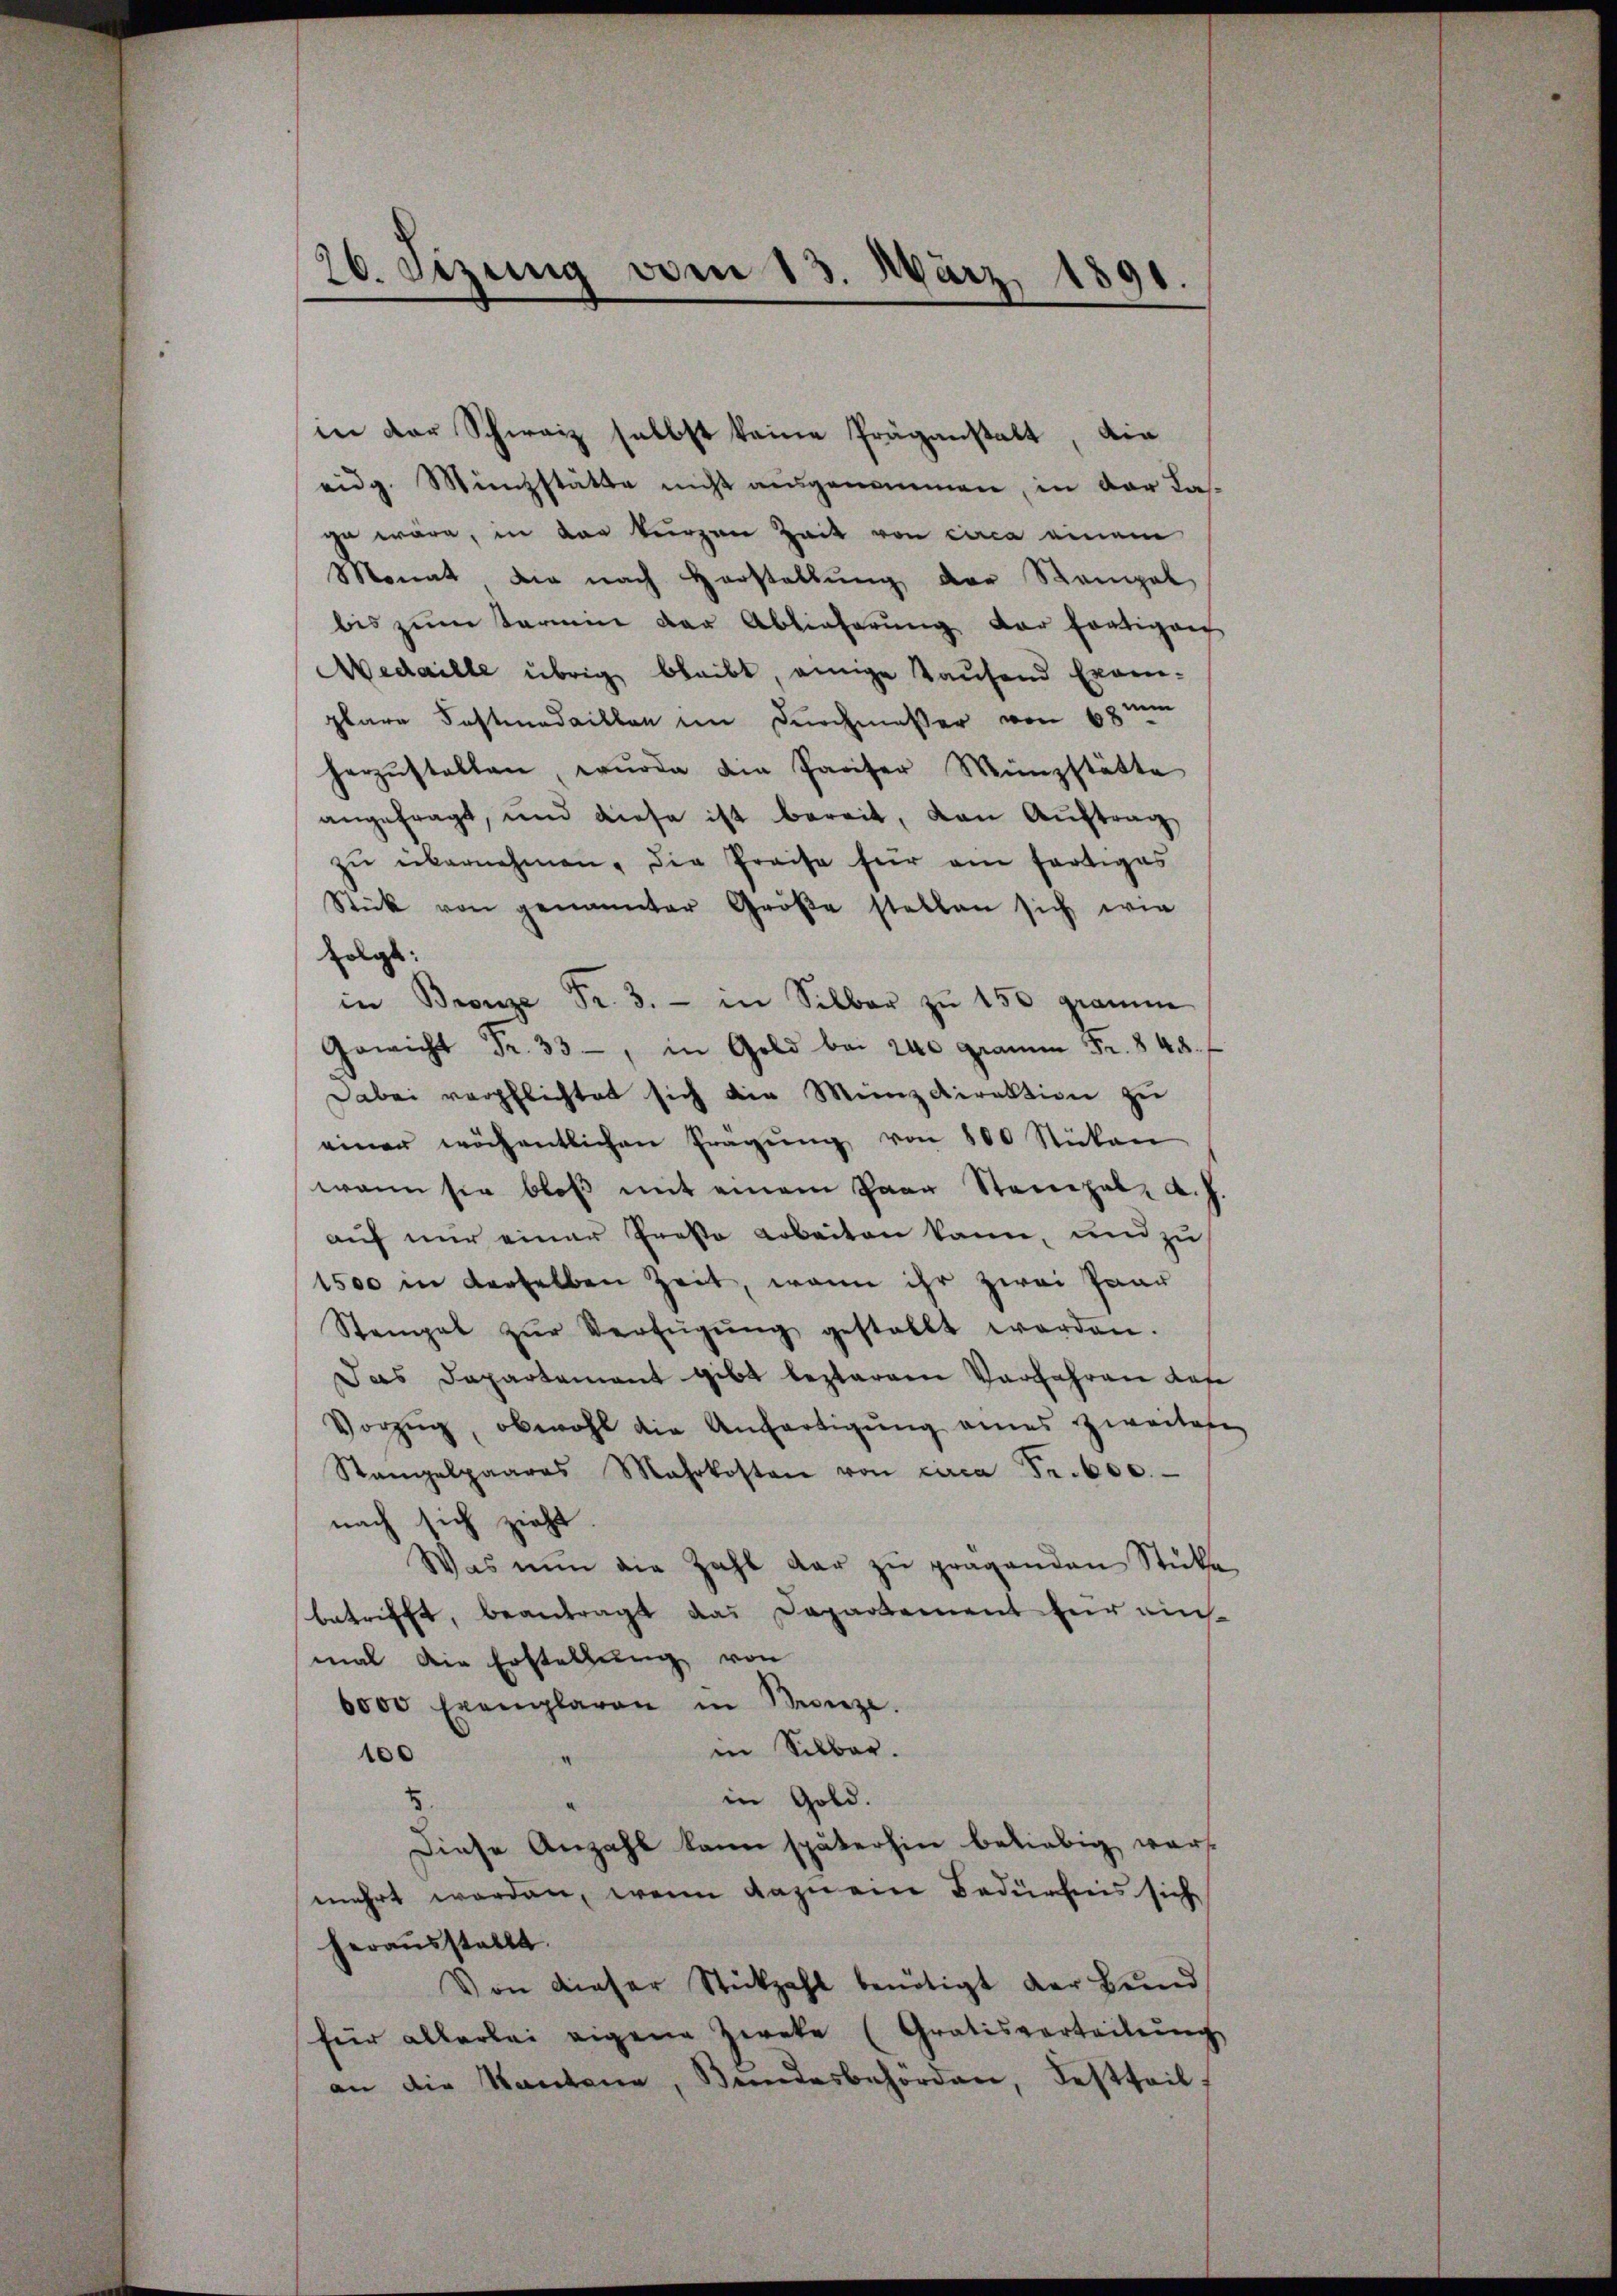
20. Setzung von 13. März 1891.

in der Schweiz selbst keine Präganstalt, die
eidg. Münzstätte nicht aŭsgenommen, in der La-
ze wäre, in der kurzen Zeit von circa einem
Monat die nach Horstellung der Stempel
bis zum Termin der Ablieferung der fortigen
Medaille übrig bleibt, einige Taufend Excen-
plare Fastnadaillen im Durchmesser von 68 im
herzŭstellen, wurde die Pariser Münzstätte
angefragt, und diese ist bereit, den Auftrag
zŭ übernehmen, die Preise für am fertiges
Stück von genannter Größe stellen sich wie
folgt:
in Bronze Fr. 3. - in Silber zŭ 150 gramme
Gewicht Fr. 33, in Gold bei 240 gramme Fr. 848.
Dabei verpflichtet sich die Meinzdirektion zu
einer wöchentlichen Fragŭng von 800 Stücken
wenn sie bloß mit einem Paar Steinpal, a.
auf nur einer Proso arbeiten kann, und zu
1500 in derselben Zeit, wenn ihr zwei Paar
Stempel zŭr Verfügŭng gestellt werden.
Das Departement gibt bestarren Vorfahren das
Vorzug, obwohl die Anfertigŭng eines zweitete
Stangelpaares Mehrkosten von circa Fr. 600.
nach sich zieht
Was nŭn die Zahl dar zŭ prägenden Stücke
betrifft, beantragt das Departement für einmal die Erstellung von
6000 Exemplaren in Bronze.
in Silber.
100
“
in Gold.
Diese Anzahl kann späterhin beliebig wars
mehrt worden, wenn dazuem Bedürfnis sich
heraŭsstellt.
Von dieser Stückzahl benötigt der Bŭnd
für allerlei eigene Zweke (Gratisverteilung
an die Kantone, Bundesbehörden, Festteil,